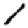
Digit: 1